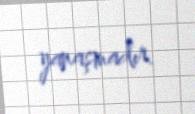
yanaşmadır.